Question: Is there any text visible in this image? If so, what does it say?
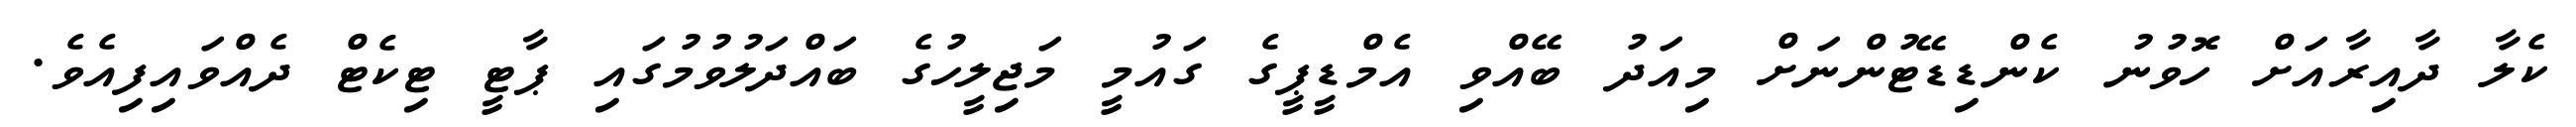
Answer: ކެލާ ދާއިރާއަށް ހޮވުނު ކެންޑިޑޭޓުންނަށް މިއަދު ބޭއްވި އެމްޑީޕީގެ ގައުމީ މަޖިލީހުގެ ބައްދަލުވުމުގައި ޕާޓީ ޓިކެޓް ދެއްވައިފިއެވެ.